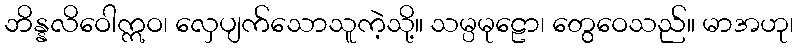
ဘိန္နလိဝေါဣဝ၊ လှေပျက်သောသူကဲ့သို့။ သမ္ပမုဠော၊ တွေဝေသည်။ မာအဟု၊